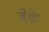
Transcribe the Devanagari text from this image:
बेके